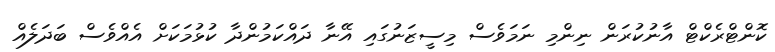
ކޮންޓްރެކްޓް އާނުކުރަން ނިންމި ނަމަވެސް މިސީޒަނުގައި އޭނާ ދައްކަމުންދާ ކުޅުމަކަށް އެއްވެސް ބަދަލެއް